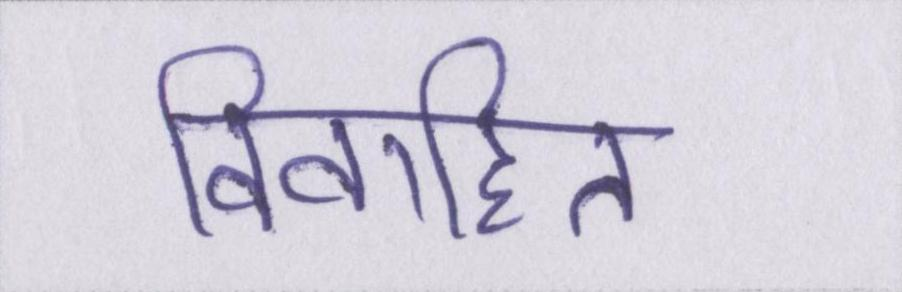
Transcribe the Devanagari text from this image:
विवाहित